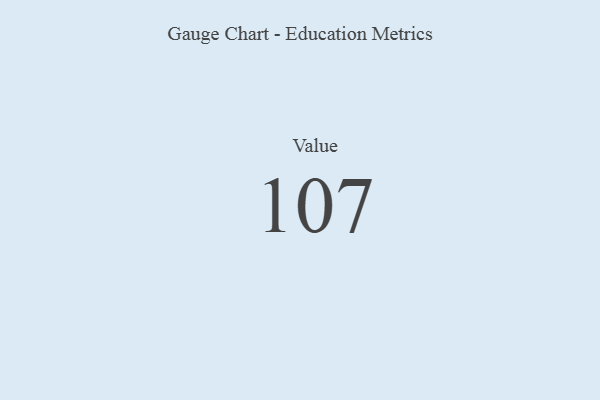
{"axis": {"x": "Metric", "y": "Value"}, "legend": [""], "data": [{"x": "Value", "y": 107, "type": ""}]}